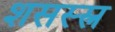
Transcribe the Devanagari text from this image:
शसस्स्त्र